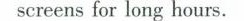
escreens for long hours.